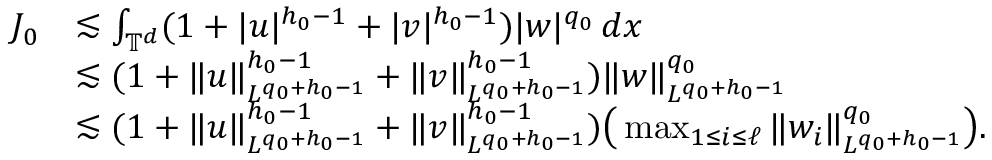
\begin{array} { r l } { J _ { 0 } } & { \lesssim \int _ { \mathbb { T } ^ { d } } ( 1 + | u | ^ { h _ { 0 } - 1 } + | v | ^ { h _ { 0 } - 1 } ) | w | ^ { q _ { 0 } } \, d x } \\ & { \lesssim ( 1 + \| u \| _ { L ^ { q _ { 0 } + h _ { 0 } - 1 } } ^ { h _ { 0 } - 1 } + \| v \| _ { L ^ { q _ { 0 } + h _ { 0 } - 1 } } ^ { h _ { 0 } - 1 } ) \| w \| _ { L ^ { q _ { 0 } + h _ { 0 } - 1 } } ^ { q _ { 0 } } } \\ & { \lesssim ( 1 + \| u \| _ { L ^ { q _ { 0 } + h _ { 0 } - 1 } } ^ { h _ { 0 } - 1 } + \| v \| _ { L ^ { q _ { 0 } + h _ { 0 } - 1 } } ^ { h _ { 0 } - 1 } ) \big ( \operatorname* { m a x } _ { 1 \leq i \leq \ell } \| w _ { i } \| _ { L ^ { q _ { 0 } + h _ { 0 } - 1 } } ^ { q _ { 0 } } \big ) . } \end{array}